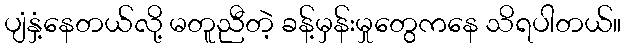
ပျံနှံ့နေတယ်လို့ မတူညီတဲ့ ခန့်မှန်းမှုတွေကနေ သိရပါတယ်။